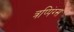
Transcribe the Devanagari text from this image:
त्रप्पिंग्स